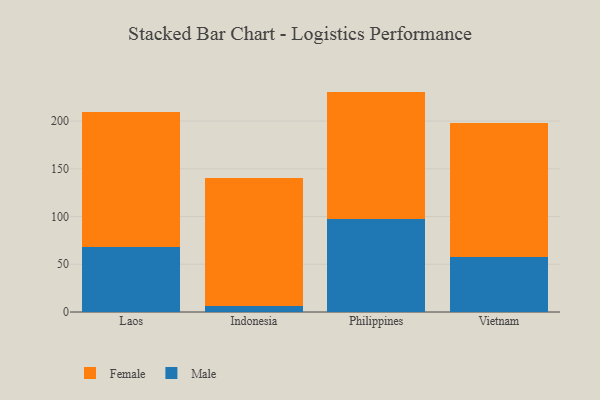
{"axis": {"x": "Country", "y": "Customer Acquisition Cost (USD)"}, "legend": ["Female", "Male"], "data": [{"x": "Laos", "y": 68.5, "type": "Male"}, {"x": "Laos", "y": 140.7, "type": "Female"}, {"x": "Indonesia", "y": 6.2, "type": "Male"}, {"x": "Indonesia", "y": 134.0, "type": "Female"}, {"x": "Philippines", "y": 97.9, "type": "Male"}, {"x": "Philippines", "y": 133.0, "type": "Female"}, {"x": "Vietnam", "y": 58.0, "type": "Male"}, {"x": "Vietnam", "y": 139.8, "type": "Female"}]}